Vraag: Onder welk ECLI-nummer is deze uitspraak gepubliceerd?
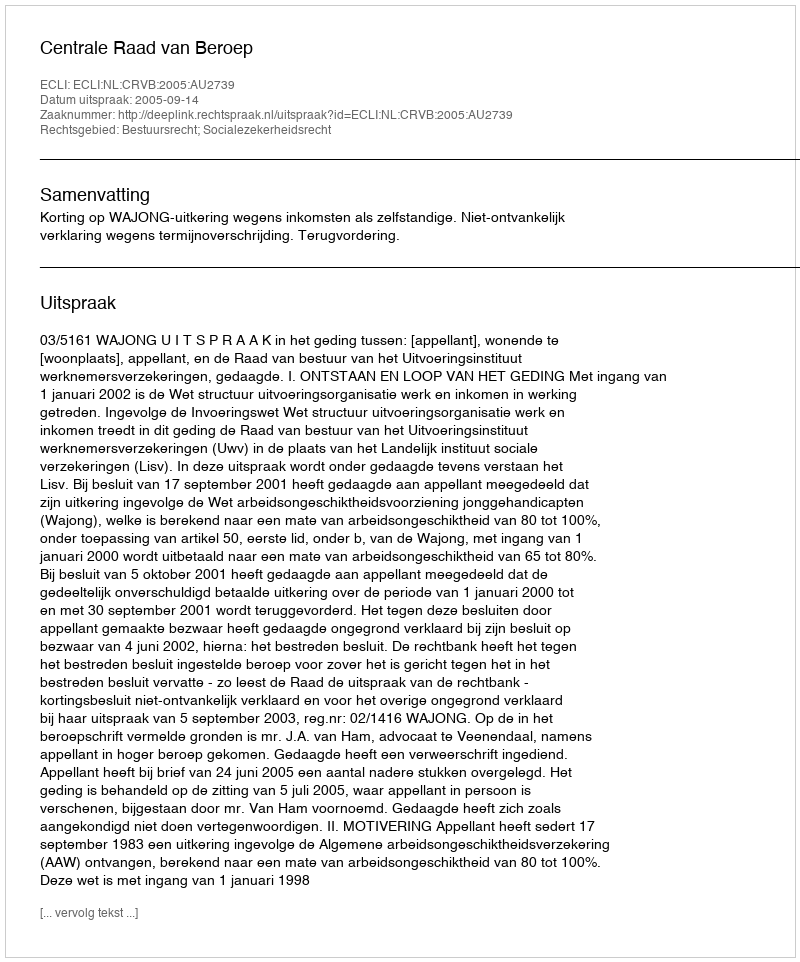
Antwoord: ECLI:NL:CRVB:2005:AU2739